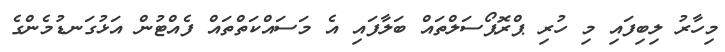
މިހާރު ލިބިފައި މި ހުރި ޕްރޮޕޯސަލްތައް ބަލާފައި އެ މަސައްކަތްތައް ފެއްޓުން އަޅުގަނޑުމެންގެ